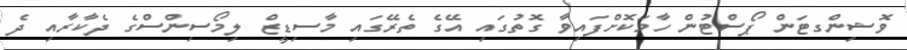
ވޮޝިންގޓަން ޕޯސްޓުން ހާމަކޮށްފައިވާ ގޮތުގައި އޭގެ ތެރޭގައި މާސިޑީޒް ލިމޯސިންސްގެ ދެކާރާއި ދެ